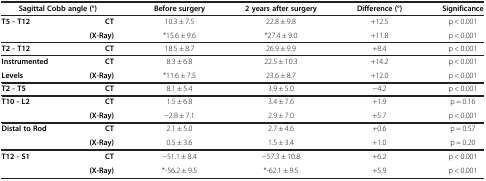
<table><thead><tr><td colspan="2"><b>Sagittal Cobb angle (°)</b></td><td><b>Before surgery</b></td><td><b>2 years after surgery</b></td><td><b>Difference (°)</b></td><td><b>Significance</b></td></tr></thead><tbody><tr><td><b>T5 - T12</b></td><td><b>CT</b></td><td>10.3 ± 7.5</td><td>22.8 ± 9.8</td><td>+12.5</td><td>p &lt; 0.001</td></tr><tr><td> </td><td><b>(X-Ray)</b></td><td>*15.6 ± 9.6</td><td>*27.4 ± 9.0</td><td>+11.8</td><td>p &lt; 0.001</td></tr><tr><td><b>T2 - T12</b></td><td><b>CT</b></td><td>18.5 ± 8.7</td><td>26.9 ± 9.9</td><td>+8.4</td><td>p &lt; 0.001</td></tr><tr><td><b>Instrumented</b></td><td><b>CT</b></td><td>8.3 ± 6.8</td><td>22.5 ± 10.3</td><td>+14.2</td><td>p &lt; 0.001</td></tr><tr><td><b>Levels</b></td><td><b>(X-Ray)</b></td><td>*11.6 ± 7.5</td><td>23.6 ± 8.7</td><td>+12.0</td><td>p &lt; 0.001</td></tr><tr><td><b>T2 - T5</b></td><td><b>CT</b></td><td>8.1 ± 5.4</td><td>3.9 ± 5.0</td><td>−4.2</td><td>p &lt; 0.001</td></tr><tr><td><b>T10 - L2</b></td><td><b>CT</b></td><td>1.5 ± 6.8</td><td>3.4 ± 7.6</td><td>+1.9</td><td>p = 0.16</td></tr><tr><td> </td><td><b>(X-Ray)</b></td><td>−2.8 ± 7.1</td><td>2.9 ± 7.0</td><td>+5.7</td><td>p &lt; 0.001</td></tr><tr><td><b>Distal to Rod</b></td><td><b>CT</b></td><td>2.1 ± 5.0</td><td>2.7 ± 4.6</td><td>+0.6</td><td>p = 0.57</td></tr><tr><td> </td><td><b>(X-Ray)</b></td><td>0.5 ± 3.6</td><td>1.5 ± 3.4</td><td>+1.0</td><td>p = 0.20</td></tr><tr><td><b>T12 - S1</b></td><td><b>CT</b></td><td>−51.1 ± 8.4</td><td>−57.3 ± 10.8</td><td>+6.2</td><td>p &lt; 0.001</td></tr><tr><td> </td><td><b>(X-Ray)</b></td><td>*-56.2 ± 9.5</td><td>*-62.1 ± 9.5</td><td>+5.9</td><td>p &lt; 0.001</td></tr></tbody></table>